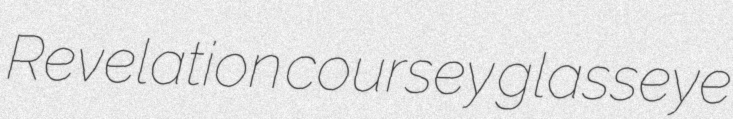
Revelation coursey glasseye